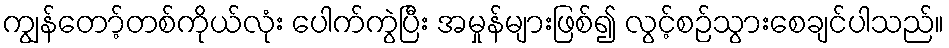
ကျွန်တော့်တစ်ကိုယ်လုံး ပေါက်ကွဲပြီး အမှုန်များဖြစ်၍ လွင့်စဉ်သွားစေချင်ပါသည်။